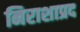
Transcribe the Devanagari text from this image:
निराशाप्रद